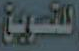
التسويق